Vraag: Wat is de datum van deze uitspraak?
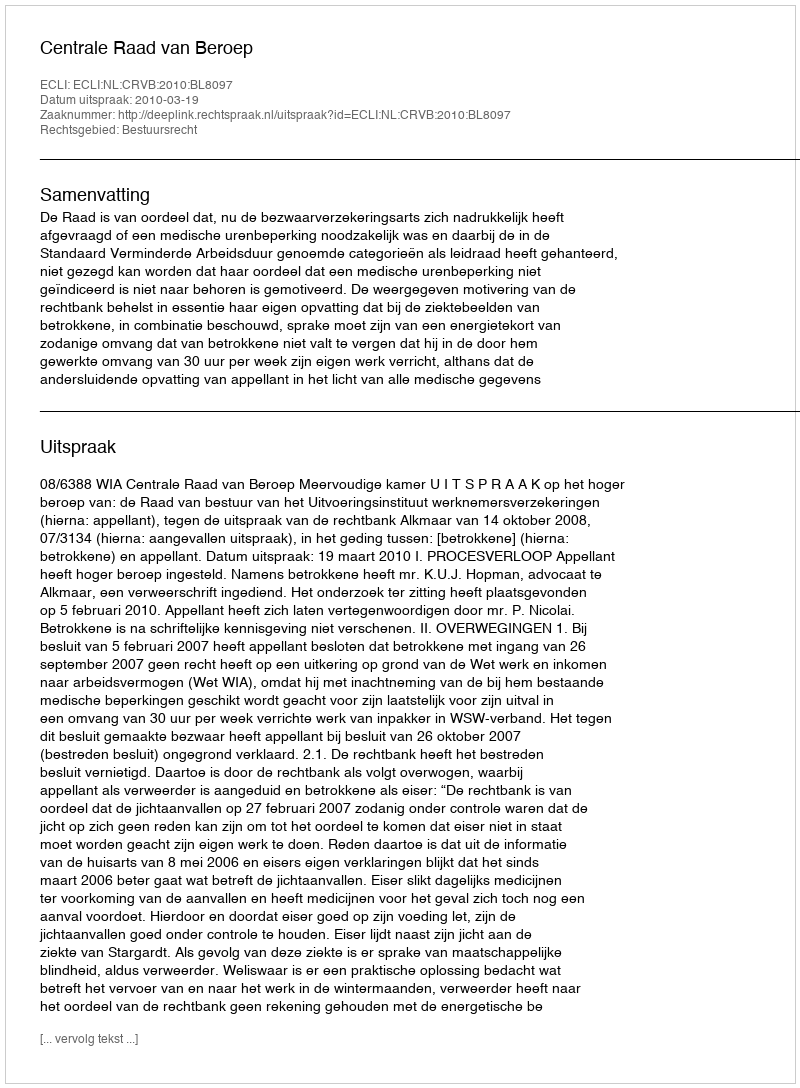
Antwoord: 2010-03-19